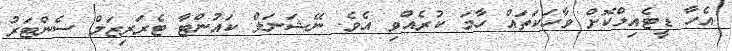
އެހާ ޑީޓެއިލްކޮށް ވާހަކަތައް ހާމަ ކުރެއްވި އެވެ. ނޭޝަނަލް ކައުންޓާ ޓެރަރިޒަމް ސެންޓަރު